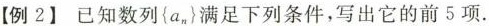
【例2】已知数列\left\{ a_{n}\right\}满足下列条件，写出它的前5项.